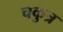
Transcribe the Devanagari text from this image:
चकुत्र